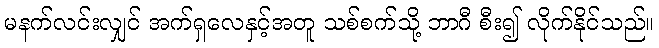
မနက်လင်းလျှင် အက်ရှလေနှင့်အတူ သစ်စက်သို့ ဘာဂီ စီး၍ လိုက်နိုင်သည်။